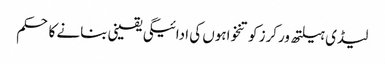
لیڈی ہیلتھ ورکرز کو تنخواہوں کی ادائیگی یقینی بنانے کا حکم